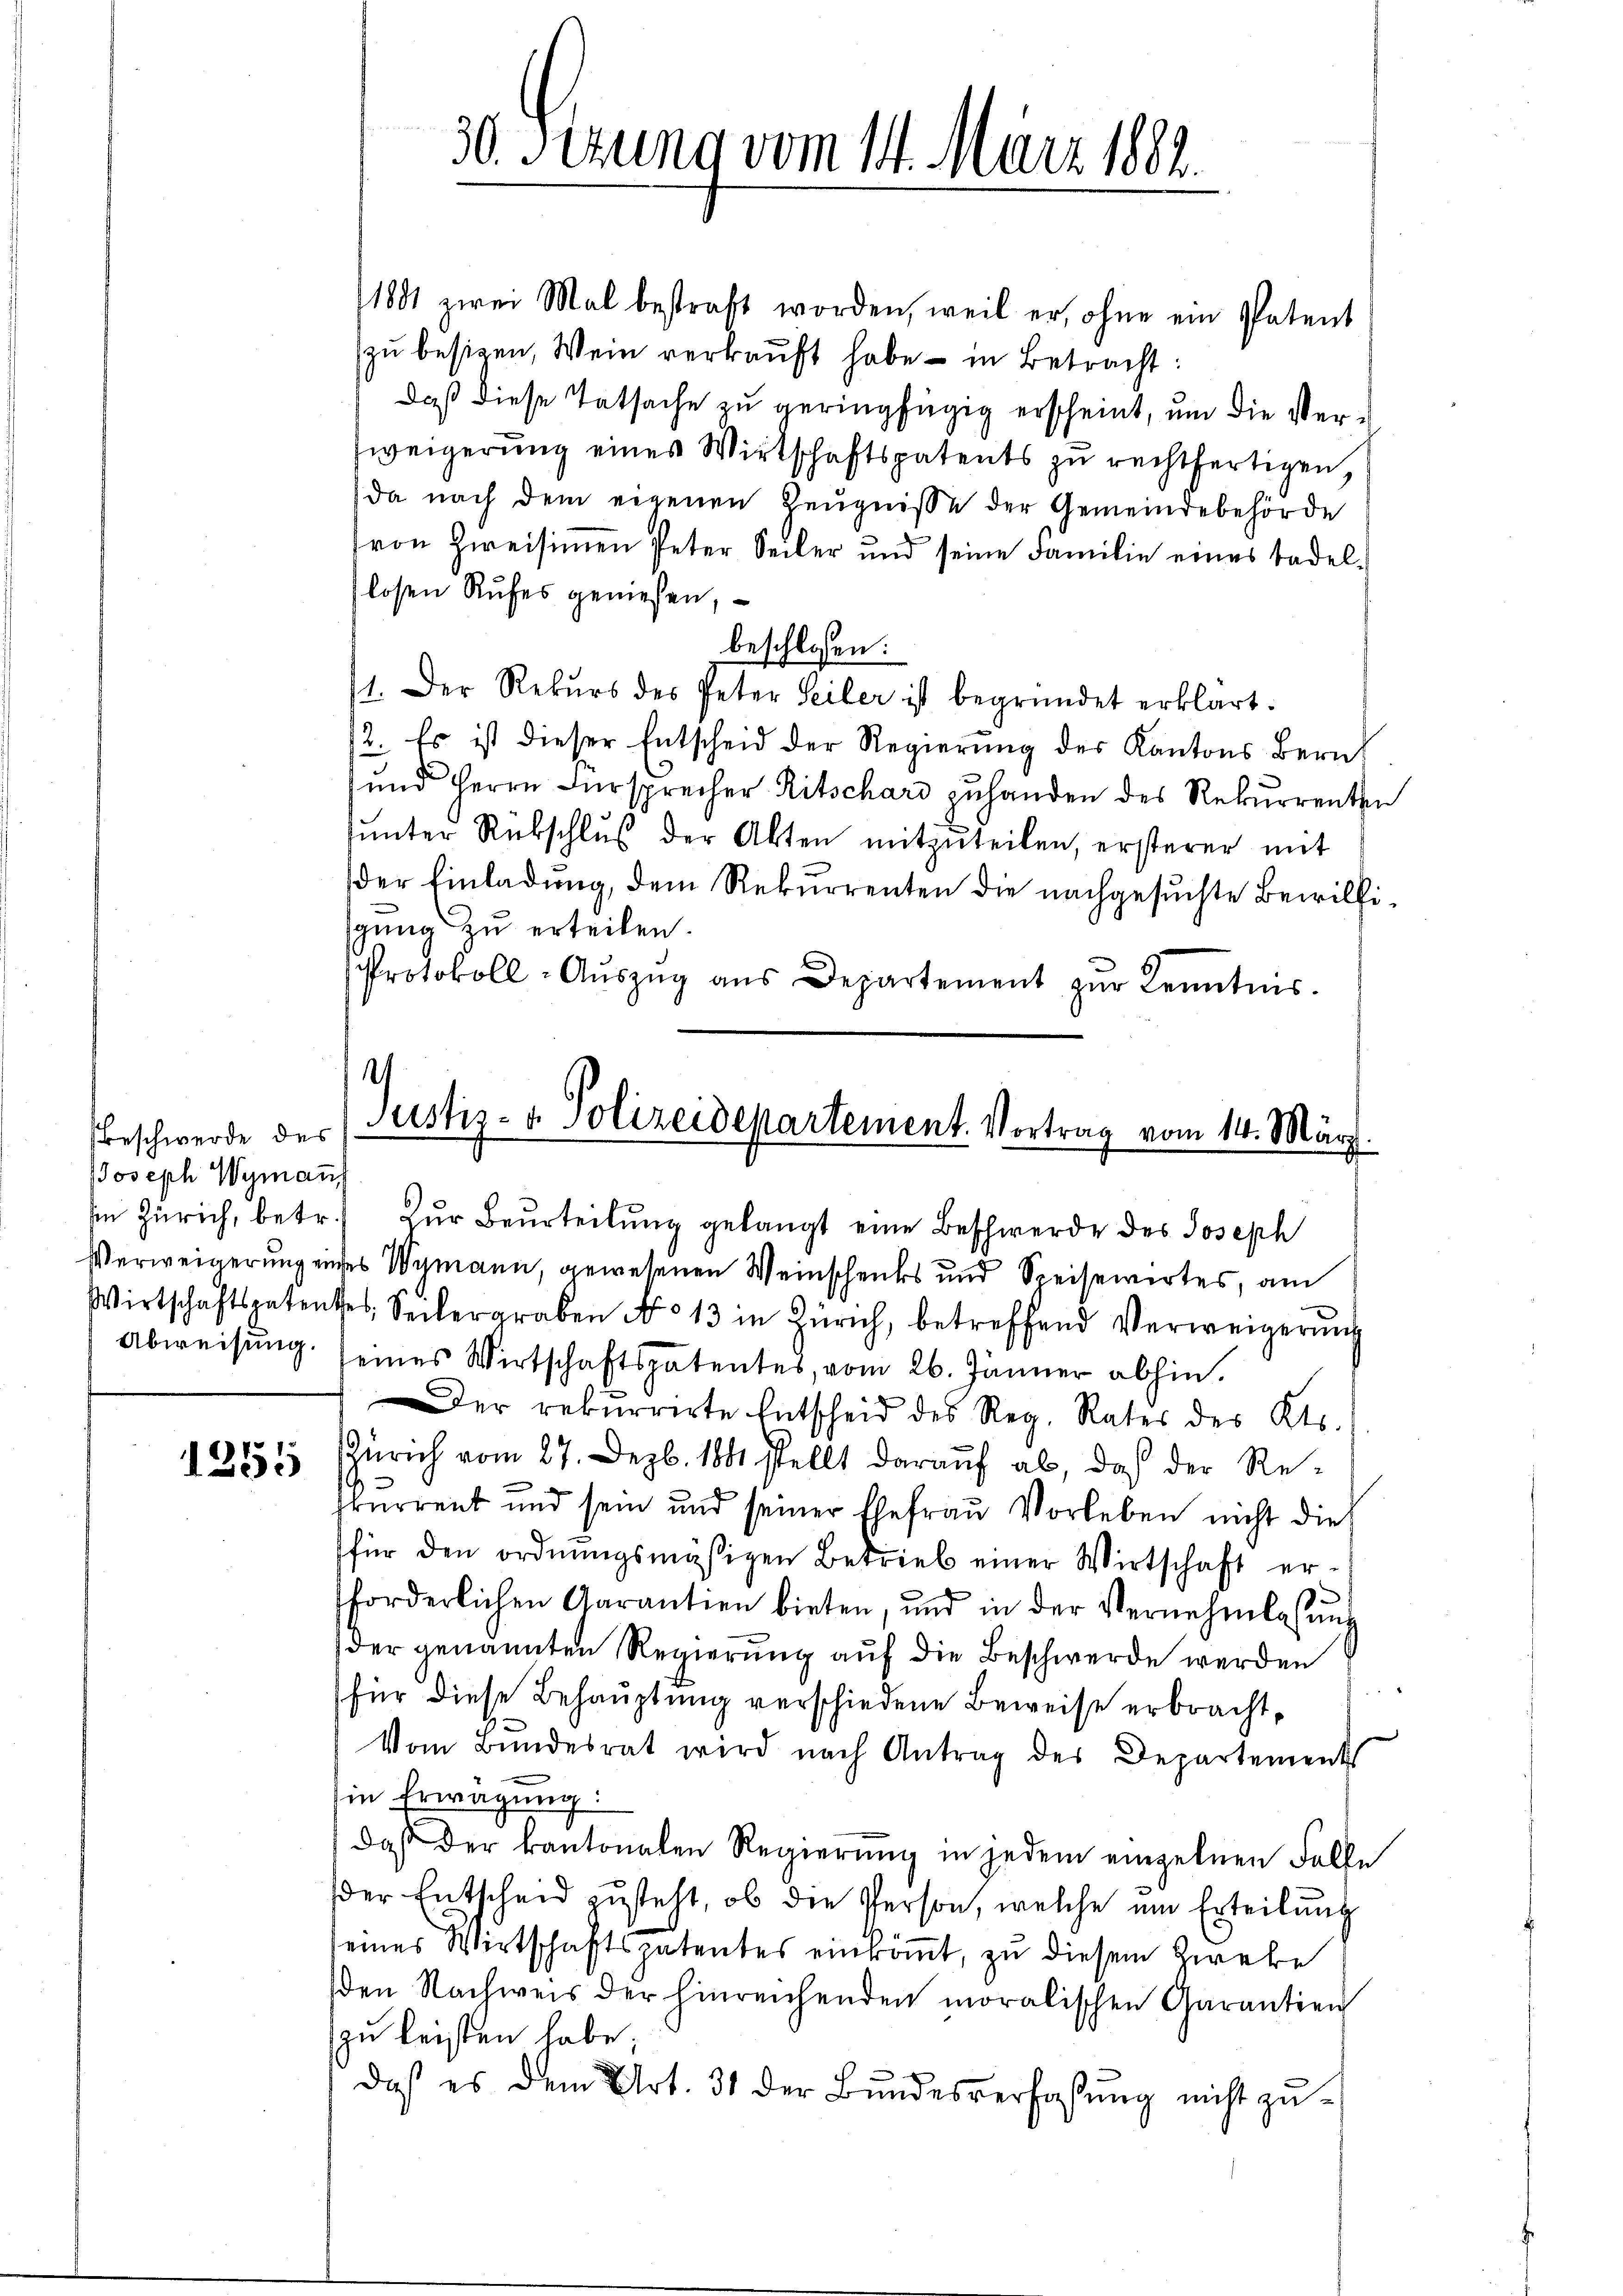
Beschwerde des
Joseph Wymann

1255

30 Sezung vom 14. März 1882.

1881 zwei Mal bestraft worden, weil er, ohne ein Patent
zu besizen, Wein verkaŭft habe – in Betracht:
daß diese Tatsache zu geringfügig erscheint, um die Ver¬
Zweigerung eines Wirtschaftspatents zu rechtfertigen,
da nach dem eigenen Zeŭgnisse der Gemeindebehörde
von hieisinen Peter Seiler und seine Familie eines tadellosen Rufes genießen,
beschlossen:
11. Der Rekŭrs des Peter Seiler ist begründet erklärt.
2. Es ist dieser Entscheid der Regierung des Kantons Bernh
und Herrn Fürsprecher Ritschard zuhanden des Rekurrenten
sŭnter Rückschlŭβ der Akten mitzŭteilen, ersterer mit
der Einladŭng, dem Rekŭrrenten die nachgesŭchte Bewillisgŭng zŭ erteilen.
Protokoll- Aŭszŭg aŭs Departement zŭr Kenntnis.

)
Justiz- & Polizeidepartement. Vortrag vom 14. März.
In Zürich, betr. Zŭr Beurteilŭng gelangt eine Beschwerde des Joseph

Verweigerung eines Wamann, gewesenen Weinschenks und Speisewirtes, am
Wirtschaftspatentes Seilergraben No 13 in Zürich, betreffend Verweigerŭng
Abweisung seines Wirtschaftspatentes, vom 26. Jänner abhin.
Der rekurrirte Entscheid des Reg. Rater des Kts.
ZZürich vom 27. Dezb. 1881 stellt darauf ab, daß der Refrurrent und sein und seiner Ehefrau Vorleben nicht die
für den ordnŭngsmäßigen Betrieb einer Wirtschaft er-
forderlichen Garantien bieten, und in der Vernehmlassŭng
der genannten Regierung auf die Beschwerde werden
für diese Behauptung verschiedene Beweise erbracht,
Vom Bundesrat wird nach Antrag des Departements
in Erwägung
daβ der kantonalen Regierŭng in jedem einzelnen Falle
der Entscheid zusteht, ob die Person, welche um Erteilung
seines Wirtschaftspatentes einkommt, zu diesem Zweke
den Nachweis der hinreichenden moralischen Garantien
zu leisten habe;
daß es dem Art. 31 der Bŭndesverfaßung nicht zŭ-